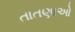
તાતણાઓ